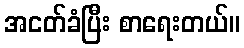
အငတ်ခံပြီး စာရေးတယ်။